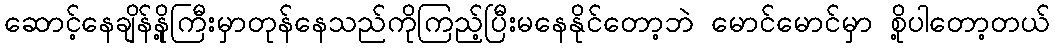
ဆောင့်နေချိန်နို့ကြီးမှာတုန်နေသည်ကိုကြည့်ပြီးမနေနိုင်တော့ဘဲ မောင်မောင်မှာ စို့ပါတော့တယ်